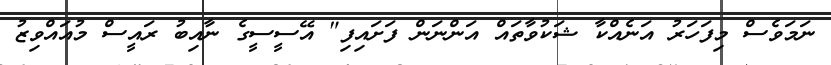
ނަމަވެސް މިފަހަރު އަނެއްކާ ޝަކުވާތައް އަންނަން ފަށައިފި" އޭސީސީގެ ނާއިބު ރައީސް މުއައްވިޒު